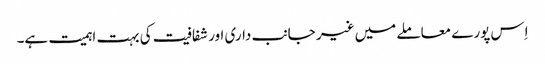
اِس پورے معاملے میں غیر جانب داری اور شفافیت کی بہت اہمیت ہے۔